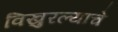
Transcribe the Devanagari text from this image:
विखुरल्याचे